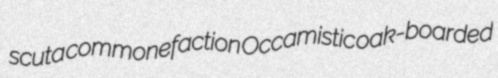
scuta commonefaction Occamistic oak-boarded